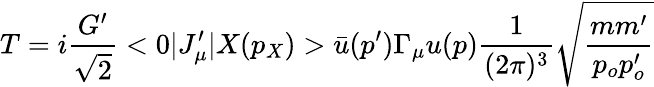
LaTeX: T=i\frac{G^{\prime}}{\sqrt{2}}<0|J_{\mu}^{\prime}|X(p_{X})>\bar{u}(p^{\prime})\Gamma_{\mu}u(p)\frac{1}{(2\pi)^{3}}\sqrt{\frac{mm^{\prime}}{p_{o}p_{o}^{\prime}}}